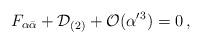
LaTeX: \begin{align*}F_{\alpha\bar\alpha}+ {\cal D}_{(2)} + {\cal O}(\alpha'{}^3)= 0\, ,\end{align*}